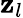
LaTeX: \mathbf{z}_{l}